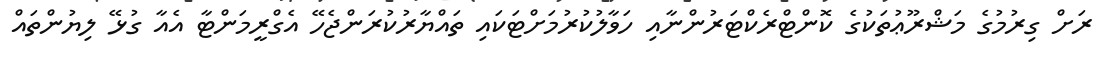
ރަށް ގިރުމުގެ މަޝްރޫޢުތަކުގެ ކޮންޓްރެކްޓަރުންނާއި ހަވާލުކުރުމަށްޓަކައި ތައްޔާރުކުރަންޖެހޭ އެގްރީމަންޓާ އެއާ ގުޅޭ ލިޔުންތައް